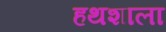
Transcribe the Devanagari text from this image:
हथशाला